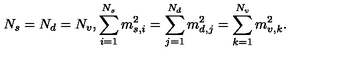
N _ { s } = N _ { d } = N _ { v } , \sum _ { i = 1 } ^ { N _ { s } } m _ { s , i } ^ { 2 } = \sum _ { j = 1 } ^ { N _ { d } } m _ { d , j } ^ { 2 } = \sum _ { k = 1 } ^ { N _ { v } } m _ { v , k } ^ { 2 } .